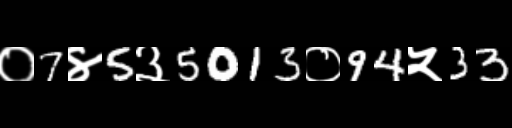
Text: ०7४5३5013०94५33